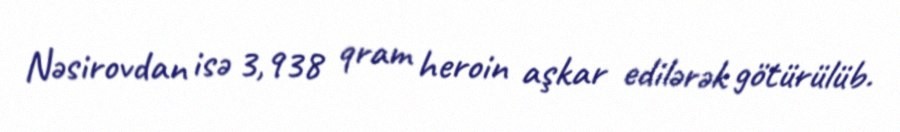
Nəsirovdan isə 3,938 qram heroin aşkar edilərək götürülüb.